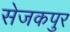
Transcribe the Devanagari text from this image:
सेजकपुर